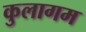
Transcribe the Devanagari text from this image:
कुलागम